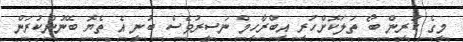
މީގެ ކުރިން ބޯ ތަލަކޮށްހުރި އިބްރާހިމް ނަސީރުވެސް ބުނީ އެ ތެޔޮ ބޭނުންކުރަން